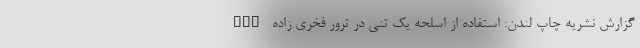
nan گزارش نشریه چاپ لندن: استفاده از اسلحه یک تنی در ترور فخری زاده